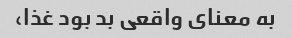
به معنای واقعی بد بود غذا،